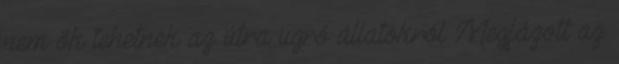
nem ők tehetnek az útra ugró állatokról Megfázott az